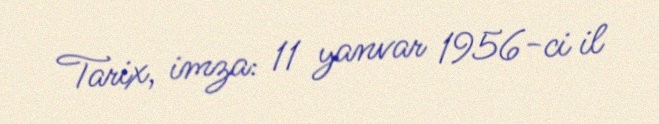
Tarix, imza: 11 yanvar 1956-ci il